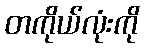
တကိုယ်လုံးကို